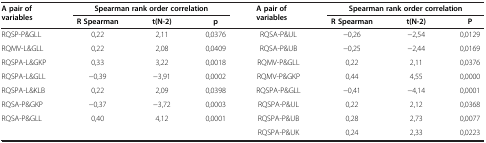
| A pair of variables | <COLSPAN=3> Spearman rank order correlation | A pair of variables | <COLSPAN=3> Spearman rank order correlation |
 |  | R Spearman | t(N-2) | p |  | R Spearman | t(N-2) | P |
 | --- | --- | --- | --- | --- | --- | --- | --- |
 | RQSP-P&GLL | 0,22 | 2,11 | 0,0376 | RQSA-P&UL | -0,26 | -2,54 | 0,0129 |
 | RQMV-L&GLL | 0,22 | 2,08 | 0,0409 | RQSA-P&UB | -0,25 | -2,44 | 0,0169 |
 | RQSPA-L&GKP | 0,33 | 3,22 | 0,0018 | RQMV-P&GLL | 0,22 | 2,11 | 0,0376 |
 | RQSPA-L&GLL | -0,39 | -3,91 | 0,0002 | RQMV-P&GKP | 0,44 | 4,55 | 0,0000 |
 | RQSPA-L&KLB | 0,22 | 2,09 | 0,0398 | RQSPA-P&GLL | -0,41 | -4,14 | 0,0001 |
 | RQSA-P&GKP | -0,37 | -3,72 | 0,0003 | RQSPA-P&UL | 0,22 | 2,12 | 0,0368 |
 | RQSA-P&GLL | 0,40 | 4,12 | 0,0001 | RQSPA-P&UB | 0,28 | 2,73 | 0,0077 |
 |  |  |  |  | RQSPA-P&UK | 0,24 | 2,33 | 0,0223 |